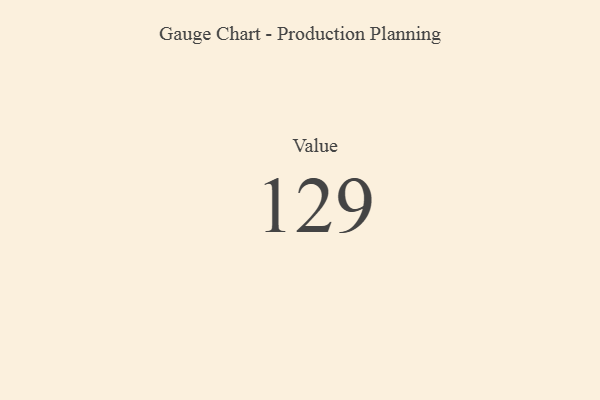
{"axis": {"x": "Metric", "y": "Value"}, "legend": [""], "data": [{"x": "Value", "y": 129, "type": ""}]}